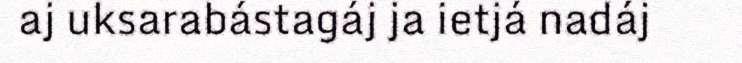
aj uksarabástagáj ja ietjá nadáj